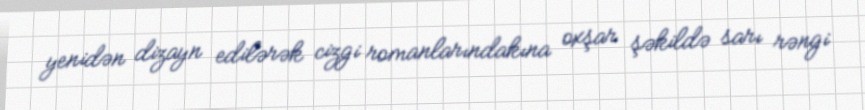
yenidən dizayn edilərək cizgi romanlarındakına oxşar şəkildə sarı rəngi